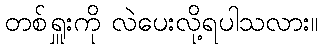
တစ်ရှူးကို လဲပေးလို့ရပါသလား။